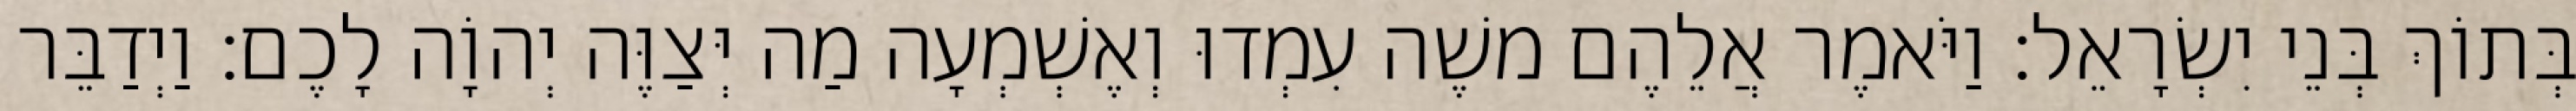
בְּתוֹךְ בְּנֵי יִשְׂרָאֵל׃ וַיֹּאמֶר אֲלֵהֶם משֶׁה עִמְדוּ וְאֶשְׁמְעָה מַה יְּצַוֶּה יְהוָֹה לָכֶם׃ וַיְדַבֵּר